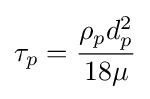
\tau _{p}={\frac {\rho _{p}d_{p}^{2}}{18\mu }}